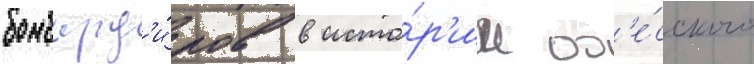
бомбард'и́ров в исто́р'ии од'е́сского